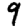
Digit: 9